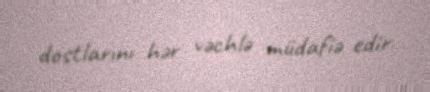
dostlarını hər vəchlə müdafiə edir.